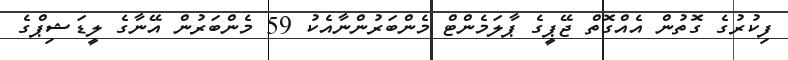
ފިކުރުގެ ގޮތުން އެއްގޮތް ޖޭޕީގެ ޕާލަމެންޓް މެންބަރުންނާއެކު 59 މެންބަރުން އޭނާގެ ލީޑަޝިޕްގެ